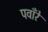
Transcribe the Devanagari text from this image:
पवाँरे